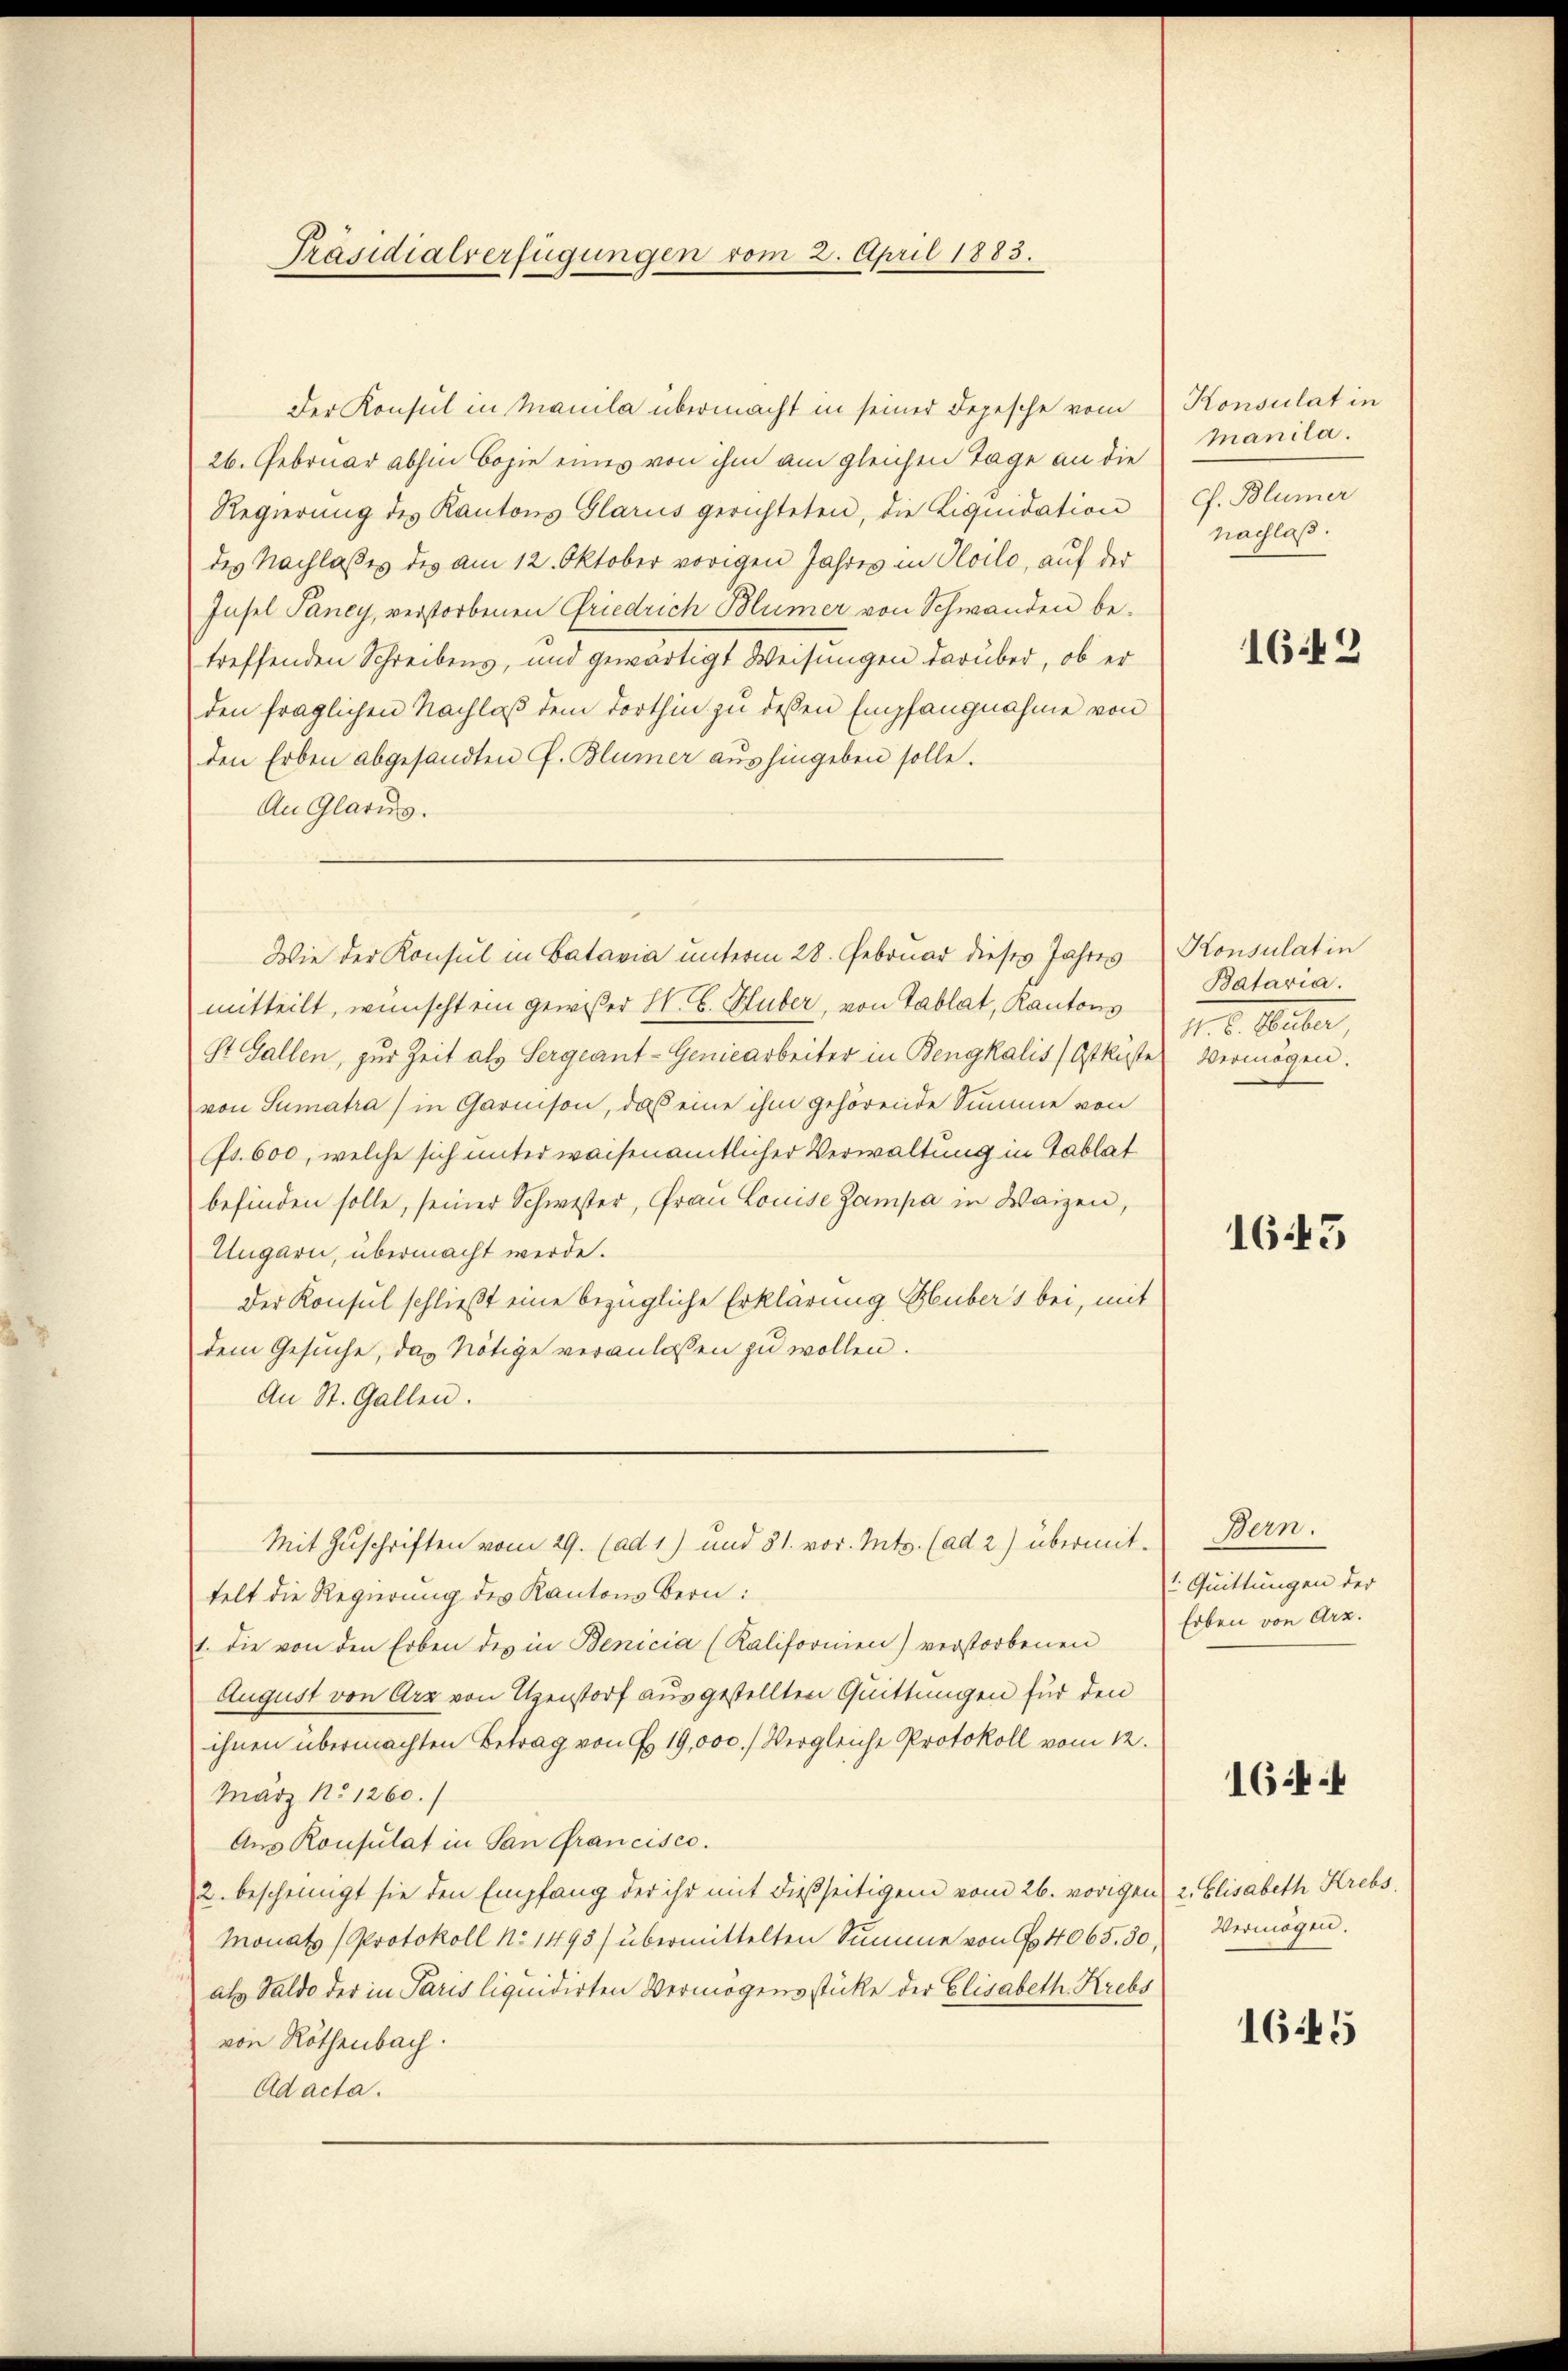
Präsidialverfügungen vom 2. April 1883.

Der Konsul in Manila übermacht in seiner Depesche vom
26. Februar abhin bozie eines von ihm am gleichen Tage an die
Regierŭng des Kantons Glarus gerichteten, die Liquidation
des Nachlasses des am 12. Oktober vorigen Jahres in Oloilo, auf der
Insel Paney, verstorbenen Friedrich Blümer von Schwanden be-
treffenden Schreibens, und gewärtigt Weisungen darüber, ob er
den fraglichen Nachlaß dem dorthin zu dessen Empfangnahme von
den Erben abgesandten G. Blümer aushingeben solle.
An Glarus.
mitteilt, wünscht ein gewißer H. E. Huber, von Tablat, Kantons
St. Gallen, zur Zeit als Sergeant-Geniearbeiter in Bengkalis (Ostküste Vermögen.
von Sumatra) in Garnison, daß eine ihm gehörende Summe von
Fr. 600, welche sich unter waisenamtlicher Verwaltung in Gablat
befinden solle, seiner Schwester, Frau Louise Zampa in Waizen,
Ungarin, übermacht werde.
Der Konsul schließt eine bezügliche Erklärung Hubers bei, mit
dem Gesuche, das Nötige veranlassen zu wollen.
An St. Gallen.
Mit Zuschriften vom 29. (ad 1) und 31. vor. Mts. (ad 2) übermittelt die Regierung des Kantons Bern:
1. die von den Erben des in Benicia (Kalifornien) verstorbenen
August von Arz von Uzenstorf ausgestellten Quittungen für den
ihnen übermachten Betrag von G. 19,000. Vergleiche Protokoll vom 12.
März No 1260.
Aus Konsulat in San Francisco.
2. bescheinigt sie den Empfang der ihr mit dießseitigem vom 26. vorigen 2. Elisabeth Krebs,
Monats (Protokoll No 1493) übermittelten Summe von 6. 4065. 30,
als Saldo der in Paris liquidirten Vermögensstücke der Elisabeth Krebs
von Röthenbach.
Ad acta.

Wie der Konsul in Batavia unterm 28. Februar dieses Jahres

Konsulat in
Manila.
cf. Blümer
nachlaß.

1642

Konsulatin
Bataria.
1. 2. Seiter

1645

Dern.
1. Quittungen der
Erben von Arz.

1644

Vermögen.

1645